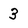
Character: 3